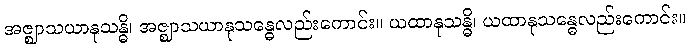
အဇ္ဈာသယာနုသန္ဓိ၊ အဇ္ဈာသယာနုသန္ဓေလည်းကောင်း။ ယထာနုသန္ဓိ၊ ယထာနုသန္ဓေလည်းကောင်း။